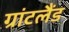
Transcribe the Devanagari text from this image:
ग्रांटलैंड